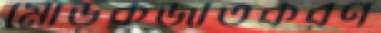
মোড়কজাতকরণ